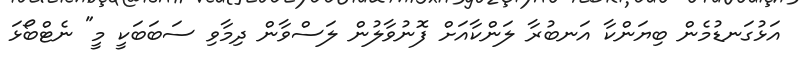
އަޅުގަނޑުމެން ބިޔަންކާ އަނބުރާ ލަންކާއަށް ފޮނުވާލުން ލަސްވާން ދިމާވި ސަބަބަކީ މީ" ނެޓްބޯޅަ